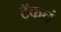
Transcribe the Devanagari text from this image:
ट्रॅकचं